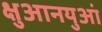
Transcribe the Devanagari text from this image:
क्षुआनयुआं